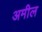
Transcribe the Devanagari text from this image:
अमील